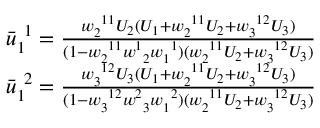
\begin{array} { r l } & { \bar { u } _ { 1 \ } ^ { \ 1 } = \frac { w _ { 2 \ } ^ { \ 1 1 } U _ { 2 } ( U _ { 1 } + w _ { 2 \ } ^ { \ 1 1 } U _ { 2 } + w _ { 3 \ } ^ { \ 1 2 } U _ { 3 } ) } { ( 1 - w _ { 2 \ } ^ { \ 1 1 } w _ { \ 2 } ^ { 1 \ } w _ { 1 \ } ^ { \ 1 } ) ( w _ { 2 \ } ^ { \ 1 1 } U _ { 2 } + w _ { 3 \ } ^ { \ 1 2 } U _ { 3 } ) } } \\ & { \bar { u } _ { 1 \ } ^ { \ 2 } = \frac { w _ { 3 \ } ^ { \ 1 2 } U _ { 3 } ( U _ { 1 } + w _ { 2 \ } ^ { \ 1 1 } U _ { 2 } + w _ { 3 \ } ^ { \ 1 2 } U _ { 3 } ) } { ( 1 - w _ { 3 \ } ^ { \ 1 2 } w _ { \ 3 } ^ { 2 \ } w _ { 1 \ } ^ { \ 2 } ) ( w _ { 2 \ } ^ { \ 1 1 } U _ { 2 } + w _ { 3 \ } ^ { \ 1 2 } U _ { 3 } ) } } \end{array}